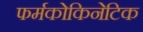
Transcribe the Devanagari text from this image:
फर्मकोकिनेटिक